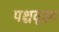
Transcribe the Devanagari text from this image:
पश्चवृहद